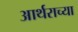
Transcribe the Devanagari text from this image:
आर्थराच्या